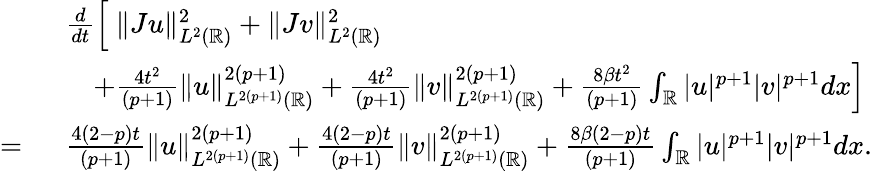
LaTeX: \begin{array}{rl}&{\frac{d}{dt}\left[\ \| Ju\| _{L^{2}(\mathbb{R})}^{2}+\| Jv\| _{L^{2}(\mathbb{R})}^{2}\right.}\\ &{\left.\quad+\frac{4t^{2}}{(p+1)}\| u\| _{L^{2(p+1)}(\mathbb{R})}^{2(p+1)}+\frac{4t^{2}}{(p+1)}\| v\| _{L^{2(p+1)}(\mathbb{R})}^{2(p+1)}+\frac{8\beta t^{2}}{(p+1)}\int_{\mathbb{R}}|u|^{p+1}|v|^{p+1}dx\right]}\\ {=\ }&{\frac{4(2-p)t}{(p+1)}\| u\| _{L^{2(p+1)}(\mathbb{R})}^{2(p+1)}+\frac{4(2-p)t}{(p+1)}\| v\| _{L^{2(p+1)}(\mathbb{R})}^{2(p+1)}+\frac{8\beta(2-p)t}{(p+1)}\int_{\mathbb{R}}|u|^{p+1}|v|^{p+1}dx.}\end{array}